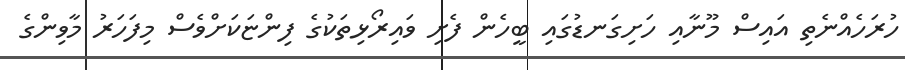
ހުރަހެއްނެތި އައިސް މޫނާއި ހަށިގަނޑުގައި ބީހެން ފެށި ވައިރޯޅިތަކުގެ ފިންޏަކަށްވެސް މިފަހަރު މާވިންގެ